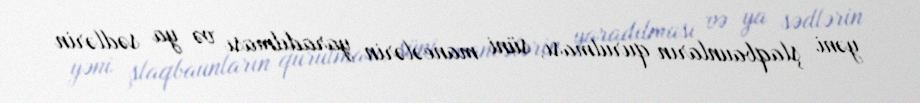
yəni şlaqbaunların qurulması, süni maneələrin yaradılması və ya sədlərin